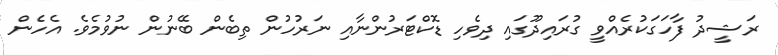
ރަޝީދު ފާހަގަކުރެއްވީ ގުރައިދޫގައި ދިވެހި ޑޮކްޓަރުންނާއި ނަރުހުން ތިބެން ބޭނުން ނުވުމެވެ. އެހެން